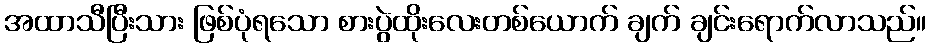
အထာသီပြီးသား ဖြစ်ပုံရသော စားပွဲထိုးလေးတစ်ယောက် ချက် ချင်းရောက်လာသည်။